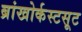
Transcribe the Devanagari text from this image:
ब्रांखोर्कस्टसूट